Lunatic asylums Madras 1877-1891 - 1877-1891
Year: 1877
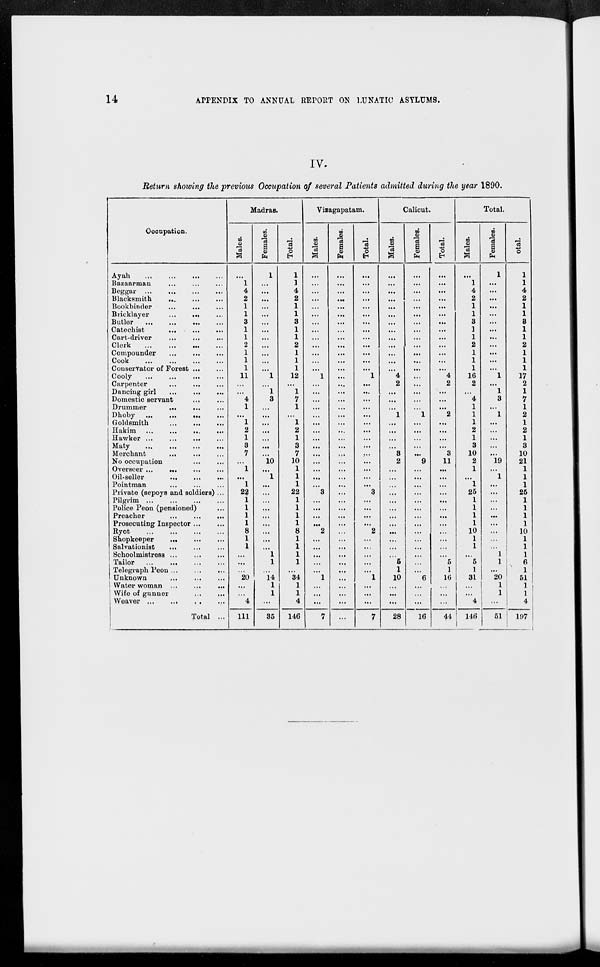
14
APPENDIX TO ANNUAL REPORT ON LUNATIC ASYLUMS.
IV.
Return showing the previous Occupation of several Patients admitted during the year 1890.
Occupation.
Ayah
...
...
...
...
Bazaarman
...
...
...
Beggar
...
...
...
...
Blacksmith
...
...
...
Bookbinder ... ... ...
Bricklayer ... ... ...
Butler ... ... ... ...
Cateohist
...
...
...
Cart-driver
...
...
...
Clerk
...
...
...
...
Compounder
...
...
...
Cook
...
...
...
...
Conservator of Forest ... ...
Cooly
...
...
...
...
Carpenter
...
...
...
Dancing girl
...
...
...
Domestic servant
...
...
Drummer
...
...
...
Dhoby
...
...
...
Goldsmith
...
...
...
Hakim
...
...
...
...
Hawker
...
...
...
...
Maty
...
...
...
...
Merchant ... ... ...
No occupation
...
...
Overseer
...
...
...
...
Oil-seller ... ... ...
Pointman ... ... ...
Private (sepoys and soldiers) ...
Pilgrim
...
...
...
...
Police Peon (pensioned) ...
Preacher ... ... ...
Prosecuting Inspector ... ...
Ryot ... ... ... ...
Shopkeeper ... ... ...
Salvationist ... ... ...
Schoolmistress ... ... ...
Tailor
...
...
...
...
Telegraph Peon ... ... ...
Unknown ... ... ...
Water woman ... ... ...
Wife of gunner ... ... ...
Weaver
...
...
...
...
Total ...
Madras.
Males.
...
1
4
2
1
1
3
1
1
2
1
1
1
11
...
...
4
1
...
1
2
1
3
7
...
1
...
1
22
1
1
1
1
8
1
1
...
...
...
20
...
...
4
111
Females.
1
...
...
...
...
...
...
...
...
...
...
...
...
1
...
1
3
...
...
...
...
...
...
...
10
...
1
...
...
...
...
...
...
...
...
...
1
1
...
14
1
1
...
35
Total.
1
1
4
2
1
1
3
1
1
2
1
1
1
12
...
1
7
1
...
1
2
1
3
7
10
1
1
1
22
1
1
1
1
8
1
1
1
1
...
34
1
1
4
146
Vizagapatam.
Males.
...
...
...
...
...
...
...
...
...
...
...
...
...
1
...
...
...
...
...
...
...
...
...
...
...
...
...
...
3
...
...
...
...
2
...
...
...
...
...
1
...
...
...
7
Females.
...
...
...
...
...
...
...
...
...
...
...
...
...
...
...
...
...
...
...
...
...
...
...
...
...
...
...
...
...
...
...
...
...
...
...
...
...
...
...
...
...
...
...
...
Total.
...
...
...
...
...
...
...
...
...
...
...
...
...
1
...
...
...
...
...
...
...
...
...
...
...
...
...
...
3
...
...
...
...
2
...
...
...
...
...
1
...
...
...
7
Calicut.
Males.
...
...
...
...
...
...
...
...
...
...
...
...
...
4
2
...
...
...
1
...
...
...
...
3
2
...
...
...
...
...
...
...
...
...
...
...
...
5
1
10
...
...
...
28
Females.
...
...
...
...
...
...
...
...
...
...
...
...
...
...
...
...
...
...
1
...
...
...
...
...
9
...
...
...
...
...
...
...
...
...
...
...
...
...
...
6
...
...
...
16
Total.
...
...
...
...
...
...
...
...
...
...
...
...
...
4
2
...
...
...
2
...
...
...
...
3
11
...
...
...
...
...
...
...
...
...
...
...
...
5
1
16
...
...
...
44
Total.
Males.
...
1
4
2
1
1
3
1
1
2
1
1
1
16
2
...
4
1
1
1
2
1
8
10
2
1
...
1
25
1
1
1
1
10
1
1
...
5
1
31
...
...
4
146
Females.
1
...
...
...
...
...
...
...
...
...
...
...
...
1
...
1
3
...
1
...
...
...
...
...
19
...
1
...
...
...
...
...
...
...
...
...
1
1
...
20
1
1
...
51
Total.
1
1
4
2
1
1
3
1
1
2
1
1
1
17
2
1
7
1
2
1
2
1
8
10
21
1
1
1
25
1
1
1
1
10
1
1
1
6
1
51
1
1
4
197